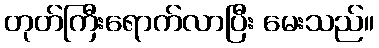
တုတ်ကြီးရောက်လာပြီး မေးသည်။